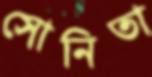
সোনিতা